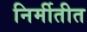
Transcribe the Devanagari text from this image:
निर्मीतीत